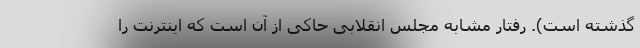
گذشته است). رفتار مشابه مجلس انقلابی حاکی از آن است که اینترنت را